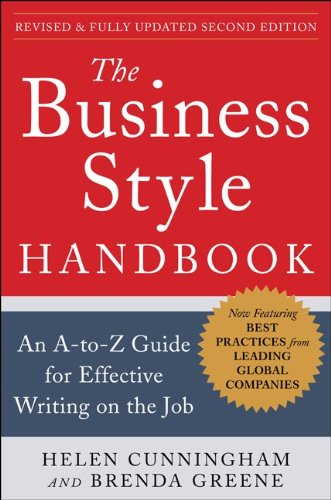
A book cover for The Business Style Handbook, Second Edition:  An A-to-Z Guide for Effective Writing on the Job; Helen Cunningham; Business & Money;